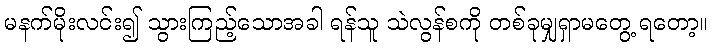
မနက်မိုးလင်း၍ သွားကြည့်သောအခါ ရန်သူ သဲလွန်စကို တစ်ခုမျှရှာမတွေ့ ရတော့။